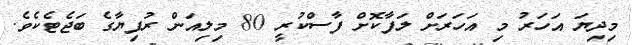
މިދިޔަ އަހަރު މި އަހަރަށް ލަފާކޮށް ފާސްކުރީ 80 މިލިއަން ރުފިޔާގެ ބަޖެޓެކެވެ.